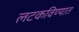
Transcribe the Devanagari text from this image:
लटकविण्यात